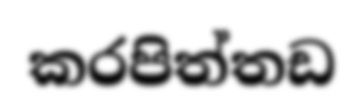
කරපිත්තඩ